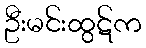
ဦးမင်းထွဋ်က